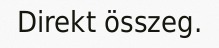
Direkt összeg.